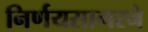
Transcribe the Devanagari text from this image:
निर्णयसागरने